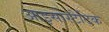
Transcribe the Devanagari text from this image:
आइसोस्टैटिक